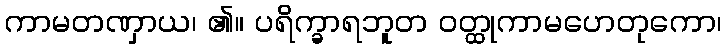
ကာမတဏှာယ၊ ၏။ ပရိက္ခာရဘူတ ဝတ္ထုကာမဟေတုကော၊